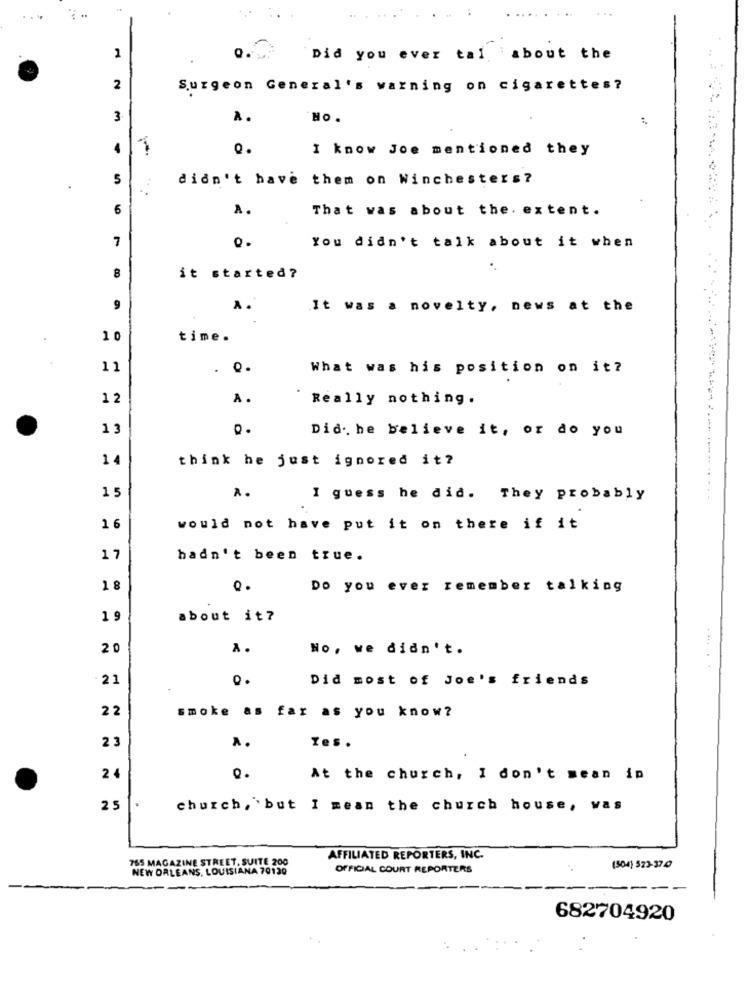
2
:
Did you ever tal about the
2
Surgeon General's warning on cigarettes?
3
HO.
1
I know Joe mentioned they
5
didn't have them on Winchesters?
6
A.
That was about the. extent.
7
0.
You didn't talk about it when
8
it started?
9
A.
It was a novelty, news at the
10
time.
11
. 0.
What was his position on it?
12
A.
Really nothing.
13
Did. he believe it, or do you
think he just ignored it?
15
A.
I guess he did. They probably
would not have put it on there if it
17
hadn't been true.
Q.
Do you ever remember talking
1 9
about it?
20
No, we didn't.
21
0 .
Did most of Joe's friends
2 2
smoke as far as you know?
23
A.
Zes.
2
0.
At the church, I don't mean in
25
church, but I mean the church house, was
765 MAGAZINE STREET, SUITE 200
AFFILIATED REPORTERS, INC.
NEW ORLEANS, LOUISIANA 70120
OFFICIAL COURT REPORTERS
(504) 523-370
682704920